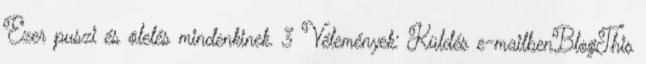
Ezer puszi és ölelés mindenkinek. 3 Vélemények: Küldés e-mailbenBlogThis